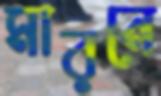
মারনে